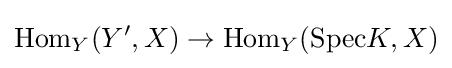
{\text{Hom}}_{Y}(Y',X)\to {\text{Hom}}_{Y}({\text{Spec}}K,X)